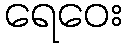
ရေဝေး